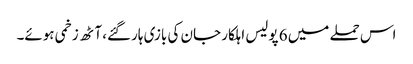
اس حملے میں 6 پولیس اہلکار جان کی بازی ہارگئے، آٹھ زخمی ہوئے۔